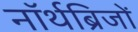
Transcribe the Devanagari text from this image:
नॉर्थब्रिजों